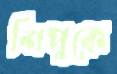
শিপুকে